Lunatic asylums Madras 1877-1891 - 1877-1891
Year: 1877
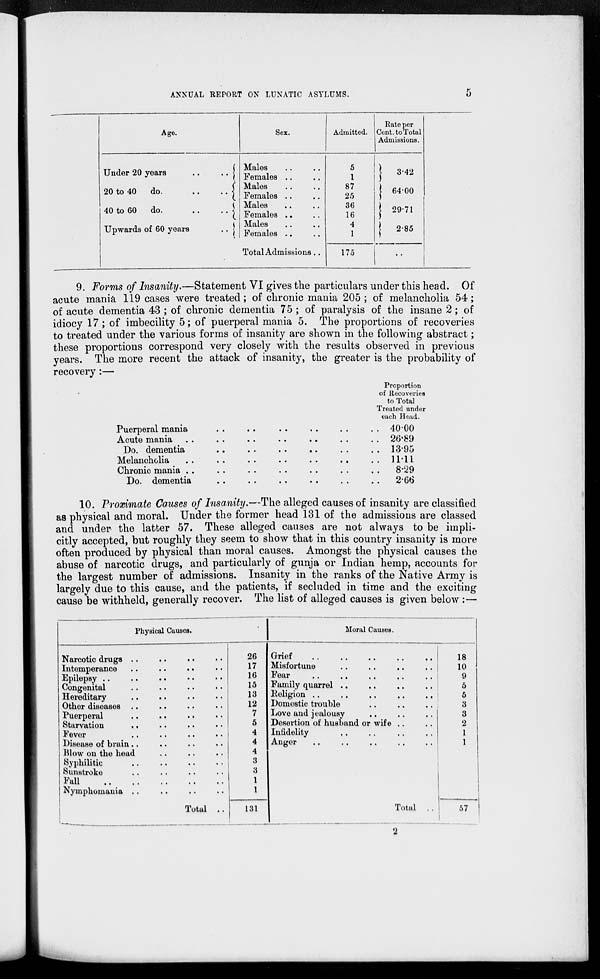
ANNUAL REPORT ON LUNATIC ASYLUMS.
5
Age.
Under 20 years
..
..
20 to 40 do.
..
..
40 to 60 do.
..
..
Upwards of 60 years
..
Sex.
Males .. ..
Females .. ..
Males .. ..
Females .. ..
Males .. ..
Females .. ..
Males .. ..
Females .. ..
Total Admissions ..
Admitted.
5
1
87
25
36
16
4
1
175
Rate per
Cent. to Total
Admissions.
3.42
64.00
29.71
2.85
..
9. Forms of Insanity.—Statement VI gives the particulars under this head. Of
acute mania 119 cases were treated; of chronic mania 205 ; of melancholia 54;
of acute dementia 43 ; of chronic dementia 75 ; of paralysis of the insane 2; of
idiocy 17 ; of imbecility 5; of puerperal mania 5. The proportions of recoveries
to treated under the various forms of insanity are shown in the following abstract;
these proportions correspond very closely with the results observed in previous
years. The more recent the attack of insanity, the greater is the probability of
recovery:—
Puerperal mania .. .. .. .. .. ..
Acute mania
..
..
..
..
..
..
..
Do. dementia .. .. .. .. .. ..
Melancholia .. .. .. .. .. ..
Chronic mania .. .. .. .. .. ..
Do. dementia .. .. .. .. .. ..
Proportion
of Recoveries
to Total
Treated under
each Head.
40.00
26.89
13.95
11.11
8.29
2.66
10. Proximate Causes of Insanity.—The alleged causes of insanity are classified
as physical and moral. Under the former head 131 of the admissions are classed
and under the latter 57. These alleged causes are not always to be impli-
citly accepted, but roughly they seem to show that in this country insanity is more
often produced by physical than moral causes. Amongst the physical causes the
abuse of narcotic drugs, and particularly of gunja or Indian hemp, accounts for
the largest number of admissions. Insanity in the ranks of the Native Army is
largely due to this cause, and the patients, if secluded in time and the exciting
cause be withheld, generally recover. The list of alleged causes is given below :—
Physical Causes.
Narcotic drugs .. .. .. ..
Intemperance .. .. .. ..
Epilepsy ..
..
.. .. ..
Congenital .. .. .. ..
Hereditary .. .. .. ..
Other diseases .. .. .. ..
Puerperal
..
.. .. ..
Starvation .. .. .. ..
Fever .. .. .. ..
Disease of brain.. .. .. ..
Blow on the head .. .. ..
Syphilitic .. .. .. ..
Sunstroke
..
.. .. ..
Fall
..
..
..
..
..
Nymphomania .. .. .. ..
Total ..
26
17
16
15
13
12
7
5
4
4
4
3
3
1
1
131
Moral Causes.
Grief
..
..
..
..
..
Misfortune .. .. .. ..
Fear
..
..
..
..
..
Family quarrel ..
..
..
..
Religion ..
..
..
..
..
Domestic trouble .. ..
..
..
Love and jealousy .. .. ..
Desertion of husband or wife .. ..
Infidelity .. .. .. ..
Anger
..
..
..
..
..
Total . .
18
10
9
5
5
3
3
2
1
1
57
2